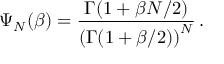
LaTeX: \Psi _ { N } ( \beta ) = { \frac { \Gamma ( 1 + \beta N / 2 ) } { \left( \Gamma ( 1 + \beta / 2 ) \right) ^ { N } } } \, .